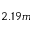
2 . 1 9 m